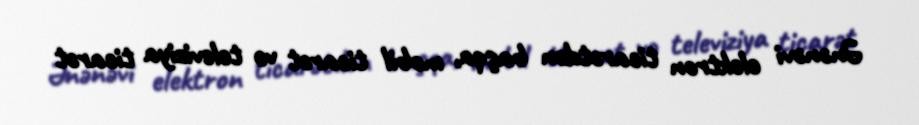
Ənənəvi elektron ticarətdən başqa, mobil ticarət və televiziya ticarət